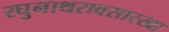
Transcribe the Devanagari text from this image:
रघुनाथरावसारखा